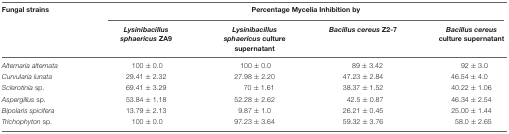
<table><thead><tr><td><b>Fungal strains</b></td><td colspan="4"><b>Percentage Mycelia Inhibition by</b></td></tr><tr><td></td><td><b><i>Lysinibacillus sphaericus</i> ZA9</b></td><td><b><i>Lysinibacillus sphaericus</i> culture supernatant</b></td><td><b><i>Bacillus cereus</i> Z2-7</b></td><td><b><i>Bacillus cereus</i> culture supernatant</b></td></tr></thead><tbody><tr><td><i>Alternaria alternata</i></td><td>100 ± 0.0</td><td>100 ± 0.0</td><td>89 ± 3.42</td><td>92 ± 3.0</td></tr><tr><td><i>Curvularia lunata</i></td><td>29.41 ± 2.32</td><td>27.98 ± 2.20</td><td>47.23 ± 2.84</td><td>46.54 ± 4.0</td></tr><tr><td><i>Sclerotinia</i> sp.</td><td>69.41 ± 3.29</td><td>70 ± 1.61</td><td>38.37 ± 1.52</td><td>40.22 ± 1.06</td></tr><tr><td><i>Aspergillus</i> sp.</td><td>53.84 ± 1.18</td><td>52.28 ± 2.62</td><td>42.5 ± 0.87</td><td>46.34 ± 2.54</td></tr><tr><td><i>Bipolaris spicifera</i></td><td>13.79 ± 2.13</td><td>9.87 ± 1.0</td><td>26.21 ± 0.45</td><td>25.00 ± 1.44</td></tr><tr><td><i>Trichophyton</i> sp.</td><td>100 ± 0.0</td><td>97.23 ± 3.64</td><td>59.32 ± 3.76</td><td>58.0 ± 2.65</td></tr></tbody></table>